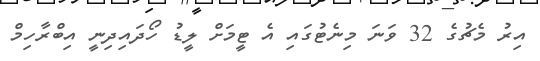
އިރު މެޗުގެ 32 ވަނަ މިނެޓުގައި އެ ޓީމަށް ލީޑު ހޯދައިދިނީ އިބްރާހިމް